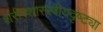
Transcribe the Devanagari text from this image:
शरीरशास्स्त्रीयदृष्ट्या